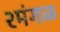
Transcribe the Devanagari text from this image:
२मंगळ